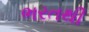
ભરતથી